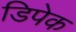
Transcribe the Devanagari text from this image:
डिपेक